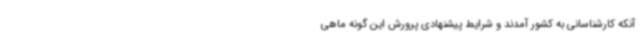
آنکه کارشناسانی به کشور آمدند و شرایط پیشنهادی پرورش این گونه ماهی